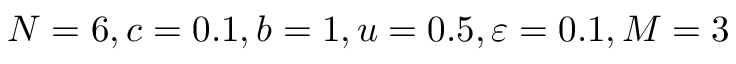
N = 6 , c = 0 . 1 , b = 1 , u = 0 . 5 , \varepsilon = 0 . 1 , M = 3